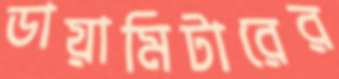
ডায়ামিটারের